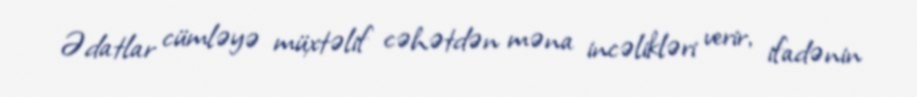
Ədatlar cümləyə müxtəlif cəhətdən məna incəlikləri verir, ifadənin